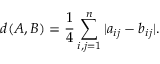
d ( A , B ) = \frac { 1 } { 4 } \sum _ { i , j = 1 } ^ { n } \vert a _ { i j } - b _ { i j } \vert .